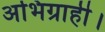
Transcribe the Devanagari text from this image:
अभिग्राही।